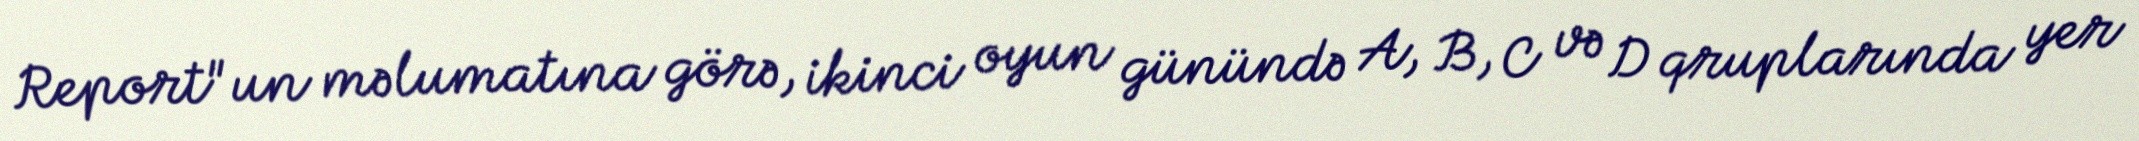
Report"un məlumatına görə, ikinci oyun günündə A, B, C və D qruplarında yer